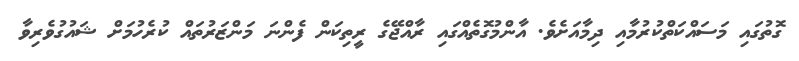
ގޮތުގައި މަސައްކަތްކުރުމާއި ދިމާއަށެވެ. އާންމުގޮތެއްގައި ރާއްޖޭގެ ރީތިކަން ފެންނަ މަންޒަރުތައް ކުރެހުމަށް ޝައުގުވެރިވާ